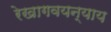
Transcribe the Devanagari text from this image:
रेखागवयन्याय